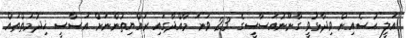
އަލީ ހުސެއިން ވިދާޅުވީ ގާނޫނުއަސާސީގެ 23 ވަނަ މާއްދާގައި ރައްޔިތުންނަށް އަސާސީ ޚިދުމަތްތައް